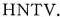
HNTV.